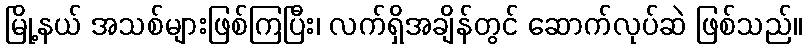
မြို့နယ် အသစ်များဖြစ်ကြပြီး၊ လက်ရှိအချိန်တွင် ဆောက်လုပ်ဆဲ ဖြစ်သည်။